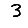
Digit: 3